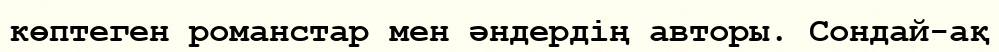
көптеген романстар мен әндердің авторы. Сондай-ақ